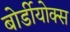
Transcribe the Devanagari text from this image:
बोर्डीयोक्स